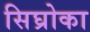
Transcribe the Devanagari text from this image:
सिघ्रोका